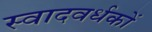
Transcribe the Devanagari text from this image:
स्वादवर्धकों